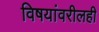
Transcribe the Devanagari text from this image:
विषयांवरीलही